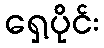
ရှေ့ပိုင်း